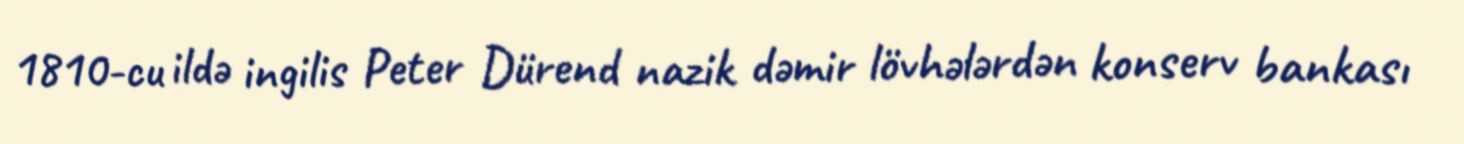
1810-cu ildə ingilis Peter Dürend nazik dəmir lövhələrdən konserv bankası